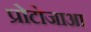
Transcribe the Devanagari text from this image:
प्रोटोजाआ